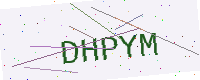
Text: DHPYM